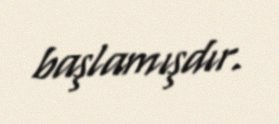
başlamışdır.